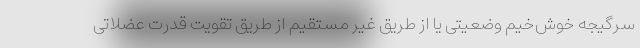
سرگیجه خوش‌خیم وضعیتی یا از طریق غیر مستقیم از طریق تقویت قدرت عضلاتی